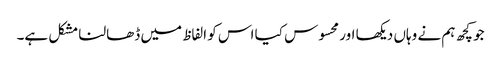
جو کچھ ہم نے وہاں دیکھا اور محسوس کیا اس کو الفاظ میں ڈھالنا مشکل ہے۔